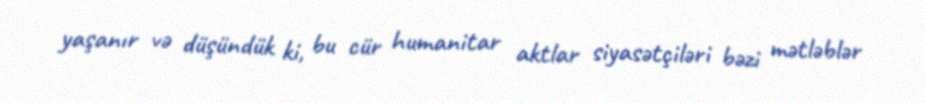
yaşanır və düşündük ki, bu cür humanitar aktlar siyasətçiləri bəzi mətləblər